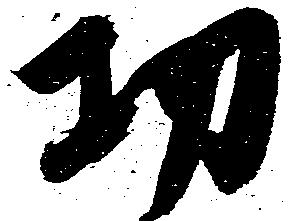
功